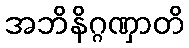
အဘိနိဂ္ဂဏှာတိ